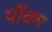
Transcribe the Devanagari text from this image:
पॉकर